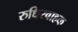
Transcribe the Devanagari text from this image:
रुधिरवाहक